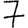
Digit: 7